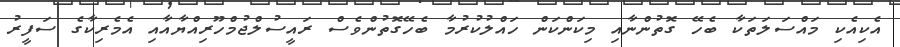
އެކިއެކި މައްސަލަތަކާ ބެހޭ ގޮތުންނާއި މިކަންކަން ހައްލުކުރުމާ ބެހޭގޮތުންވެސް ރައީސުލްޖުމްހޫރިއްޔާއާއި އެމެރިކާގެ ސަފީރު